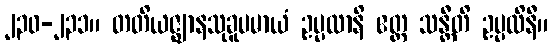
၂၃၀-၂၃၁။ တတိယဇ္ဈာနသုခူပမာယံ ဥပ္ပလာနိ ဧတ္ထ သန္တီတိ ဥပ္ပလိနီ။